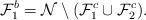
LaTeX: \begin{align*}\mathcal F_1^b=\mathcal N\setminus (\mathcal F_1^c\cup \mathcal F_2^c).\end{align*}